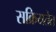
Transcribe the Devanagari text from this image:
सक्रियतेत